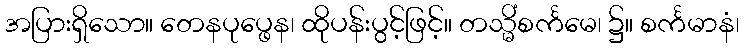
အပြားရှိသော။ တေနပုပ္ဖေန၊ ထိုပန်းပွင့်ဖြင့်။ တသ္မိံစင်္ကမေ၊ ၌။ စင်္ကမာနံ၊